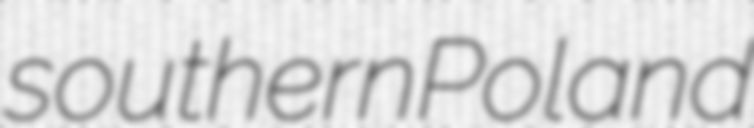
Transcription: southern Poland